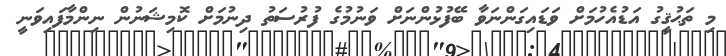
މި ތަޙުޤީގު އަޑުއެހުމަށް ވަޑައިގަންނަވާ ބޭފުޅުންނަށް ވަނުމުގެ ފުރުސަތު ދިނުމަށް ކޮމިޝަނުން ނިންމާފައިވަނީ